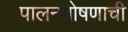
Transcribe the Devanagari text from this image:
पालनपोषणाची